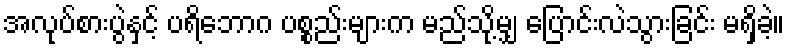
အလုပ်စားပွဲနှင့် ပရိဘောဂ ပစ္စည်းများက မည်သို့မျှ ပြောင်းလဲသွားခြင်း မရှိခဲ့။